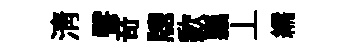
清譬竒牕歉瓢丄繻